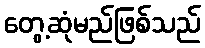
တွေ့ဆုံမည်ဖြစ်သည်